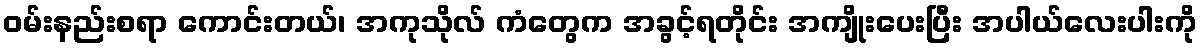
ဝမ်းနည်းစရာ ကောင်းတယ်၊ အကုသိုလ် ကံတွေက အခွင့်ရတိုင်း အကျိုးပေးပြီး အပါယ်လေးပါးကို